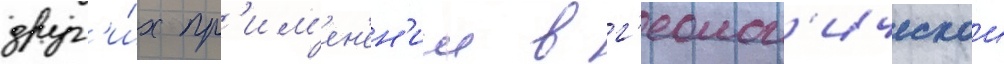
друг'и́х пр'им'ен'ен'ии в г'еолог'ическои